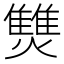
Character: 㸈